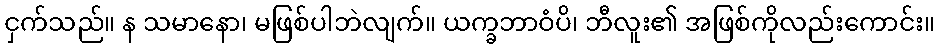
ငှက်သည်။ န သမာနော၊ မဖြစ်ပါဘဲလျက်။ ယက္ခဘာဝံပိ၊ ဘီလူး၏ အဖြစ်ကိုလည်းကောင်း။